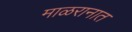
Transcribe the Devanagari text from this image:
माळरानात